Leaving Certificate Examination, 1918, 1918
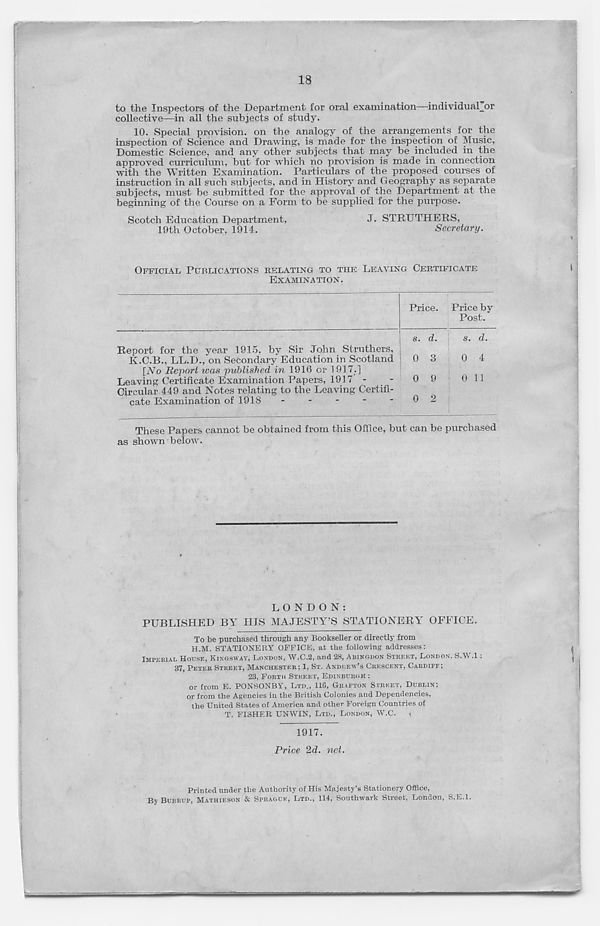
18
to the Inspectors of the Department for oral examination—individual_or
collective—in all the subjects of study.
10. Special provision, on the analogy of the arrangements for the
inspection of Science and Drawing, is made for the inspection of Music,
Domestic Science, and any other subjects that may be included in the
approved curriculum, but for which no provision is made in connection
with the Written Examination. Particulars of the proposed courses of
instruction in all such subjects, and in History and Geography as separate
subjects, must be submitted for the approval of the Department at the
beginning of the Course on a Form to be supplied for the purpose.
Scotch Education Department.
J- STRUTHERS,
19th October, 1914.
Secretary.
OFFICIATE PUBLICATIONS RELATING TO THE LEAVING CERTIFICATE
EXAMINATION.
Report for the year 1915, by Sir John Struthers,
K.C.B., LL.D., on Secondary Education in Scotland
[A 7 o Report was published in 1916 or 1917.]
Leaving Certificate Examination Papers, 1917 -
-
Circular 449 and Notes relating to the Leaving Certifi-
cate Examination of 1918
-
-
-
-
-
These Papers cannot be obtained from this Office, but can be purchased
as shown below.
LONDON:
PUBLISHED BY HIS MAJESTY'S STATIONERY OFFICE.
To be purchased through any Bookseller or directly from
H.M. STATIONERY OFFICE, at the following addresses:
IMPERIAL HOUSE, KINGSWAY, LONDON, W.C.2, and 28, ABINGDON STREET, LONDON, S.W.l;
37, PETER STREET, MANCHESTER; 1, ST. ANDREW’S CRESCENT, CARDIFE;
23, FORTH STREET, EDINBURGH :
or from E. PONSONBY, LTD., 116, GRAFTON STREET, DUBLIN;
or from the Agencies in the British Colonies and Dependencies,
the United States of America and other Foreign Countries of
T. FISHER UNWIN, LTD., LONDON, W.C.
t
1917.
Price 2d. net.
Printed under the Authority of His Majesty’s Stationery Office,
By BURRUP, MATHIESON & SPRAGUK, LTD., 114, Southwark Street, London, S.E.l.